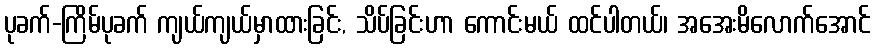
ပုခက်-ကြိမ်ပုခက် ကျယ်ကျယ်မှာထားခြင်း, သိပ်ခြင်းဟာ ကောင်းမယ် ထင်ပါတယ်၊ အအေးမိလောက်အောင်